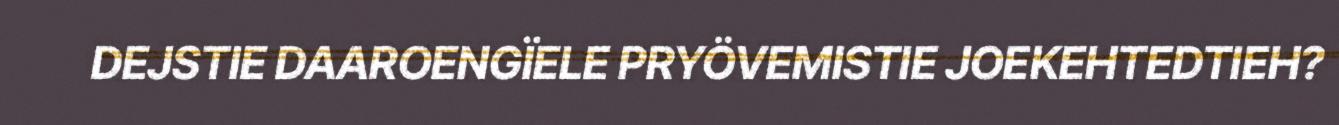
DEJSTIE DAAROENGÏELE PRYÖVEMISTIE JOEKEHTEDTIEH?